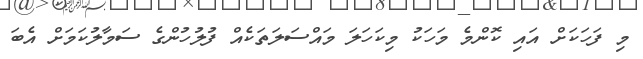
މި ފަހަކަށް އައި ކޮންމެ މަހަކު މިކަހަލަ މައްސަލަތަކެއް ފުލުހުންގެ ސަމާލުކަމަށް އެބަ